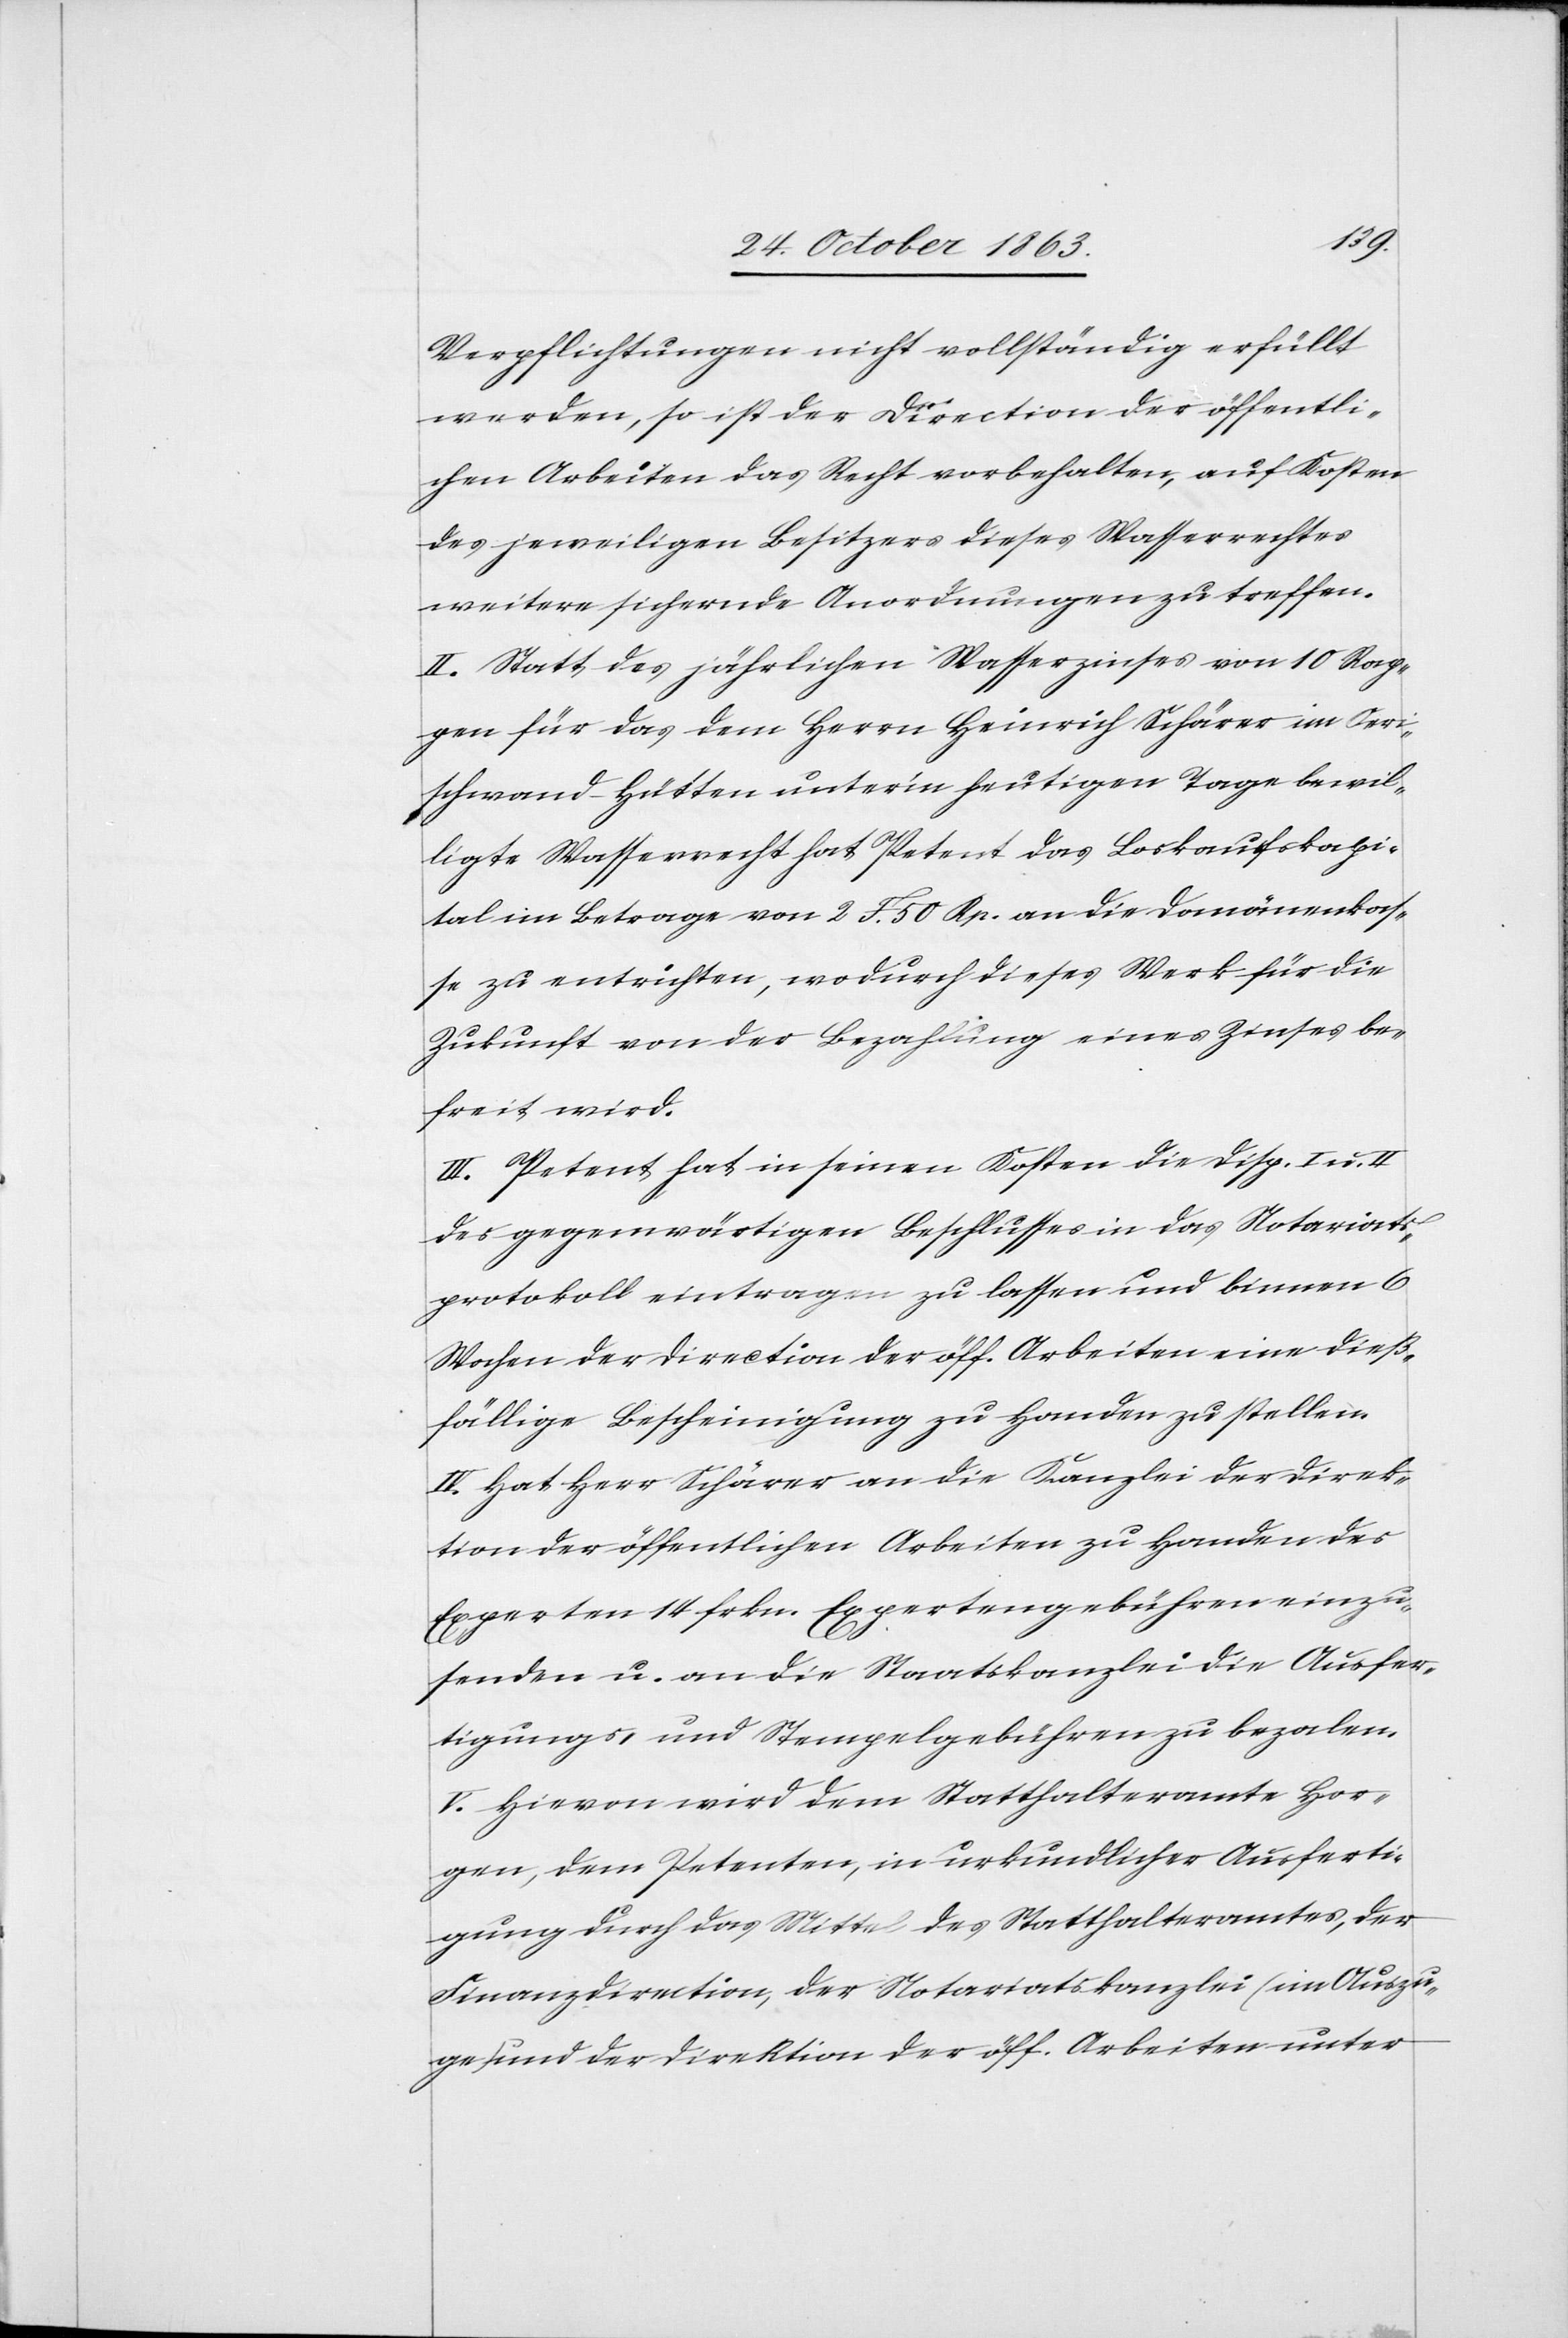
Verpflichtungen nicht vollständig erfüllt
werden, so ist der Direction der öffentli¬
chen Arbeiten das Recht vorbehalten, auf Kosten
des jeweiligen Besitzers dieses Wasserrechtes
weitere sichernde Anordnungen zu treffen.
II. Statt des jährlichen Wasserzinses von 10 Rap¬
pen für das dem Herrn Heinrich Schärer im Oeri¬
schwand-Hütten unter'm heutigen Tage bewil¬
ligte Wasserrecht hat Petent das Loskaufskapi¬
tal im Betrage von 2 F. 50 Rp. an die Domänenkas¬
se zu entrichten, wodurch dieses Werk für die
Zukunft von der Bezahlung eines Zinses be¬
freit wird.
III. Petent hat in seinen Kosten die Disp. I u. II
des gegenwärtigen Beschlusses in das Notariats¬
protokoll eintragen zu lassen und binnen 6
Wochen der Direction der öff. Arbeiten eine dieß¬
fällige Bescheinigung zu Handen zu stellen.
IV. Hat Herr Schärer an die Kanzlei der Direk¬
tion der öffentlichen Arbeiten zu Handen des
Experten 14 frkn. Expertengebühren einzu¬
senden u. an die Staatskanzlei die Ausfer¬
tigungs- und Stempelgebühren zu bezalen.
V. Hievon wird dem Statthalteramte Hor¬
gen, dem Petenten, in urkundlicher Ausferti¬
gung durch das Mittel des Statthalteramtes, der
Finanzdirection, der Notariatskanzlei (im Auszu¬
ge) und der Direktion der öff. Arbeiten unter